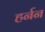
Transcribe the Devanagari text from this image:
हर्नन